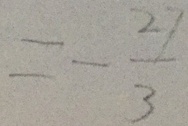
= - \frac { 2 7 } { 3 }